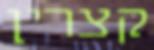
קצרין